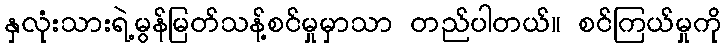
နှလုံးသားရဲ့မွန်မြတ်သန့်စင်မှုမှာသာ တည်ပါတယ်။ စင်ကြယ်မှုကို